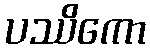
ပဿိကော